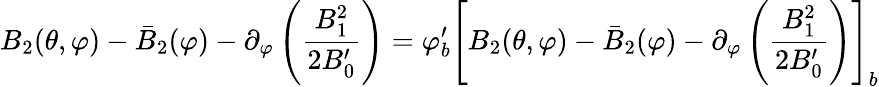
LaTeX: B_{2}(\theta,\varphi)-\bar{B}_{2}(\varphi)-\partial_{\varphi}\left(\frac{B_{1}^{2}}{2B_{0}^{\prime}}\right)=\varphi_{b}^{\prime}\left[B_{2}(\theta,\varphi)-\bar{B}_{2}(\varphi)-\partial_{\varphi}\left(\frac{B_{1}^{2}}{2B_{0}^{\prime}}\right)\right]_{b}